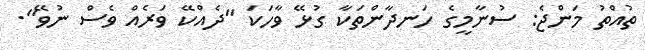
ތުއްތު މަންޖެ: ސުނާމީގެ ހަނދާންތަކާ ގުޅޭ ވާހަކަ "ދެއްކޭ ވަރެއް ވެސް ނުވޭ".